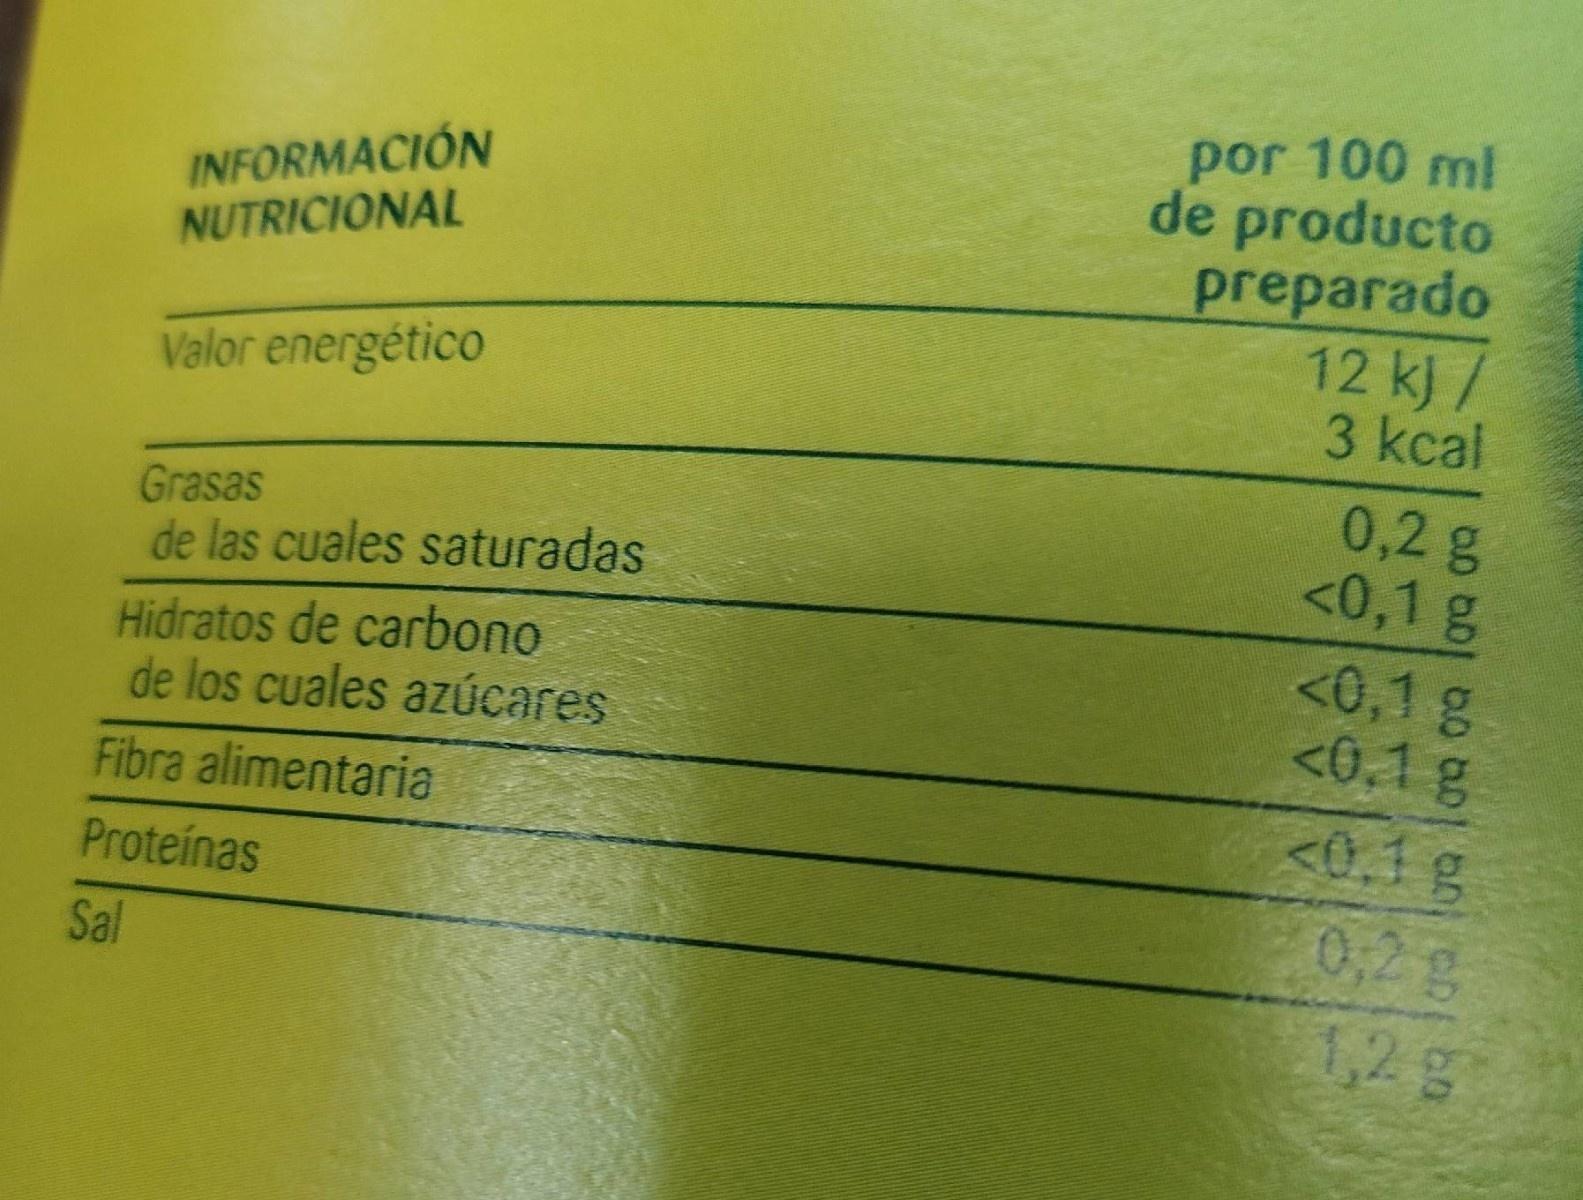
por 100 ml de producto preparado 12 kj/ 3 kcal
INFORMACIÓN NUTRICIONAL
Valor energético
Grasas de las cuales saturadas
0,2 g <0,1 g
Hidratos de carbono de los cuales azÚcares
<0,1 g <0,1g
<0,1g 0,2g 1,2g
Fibra alimentaria
Proteínas
Sal